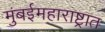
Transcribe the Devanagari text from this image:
मुंबईमहाराष्ट्रात